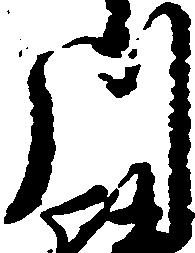
川